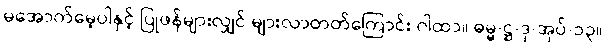
မအောက်မေ့ပါနှင့် ပြုဖန်များလျှင် များလာတတ်ကြောင်း ဂါထာ။ ဓမ္မ-ဋ္ဌ-ဒု-အုပ်-၁၃။